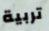
تربية